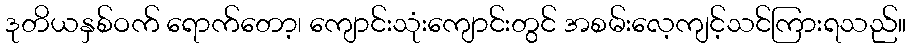
ဒုတိယနှစ်ဝက် ရောက်တော့၊ ကျောင်းသုံးကျောင်းတွင် အစမ်းလေ့ကျင့်သင်ကြားရသည်။